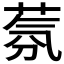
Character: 𱽰